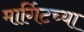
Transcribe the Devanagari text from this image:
मार्गिटच्या